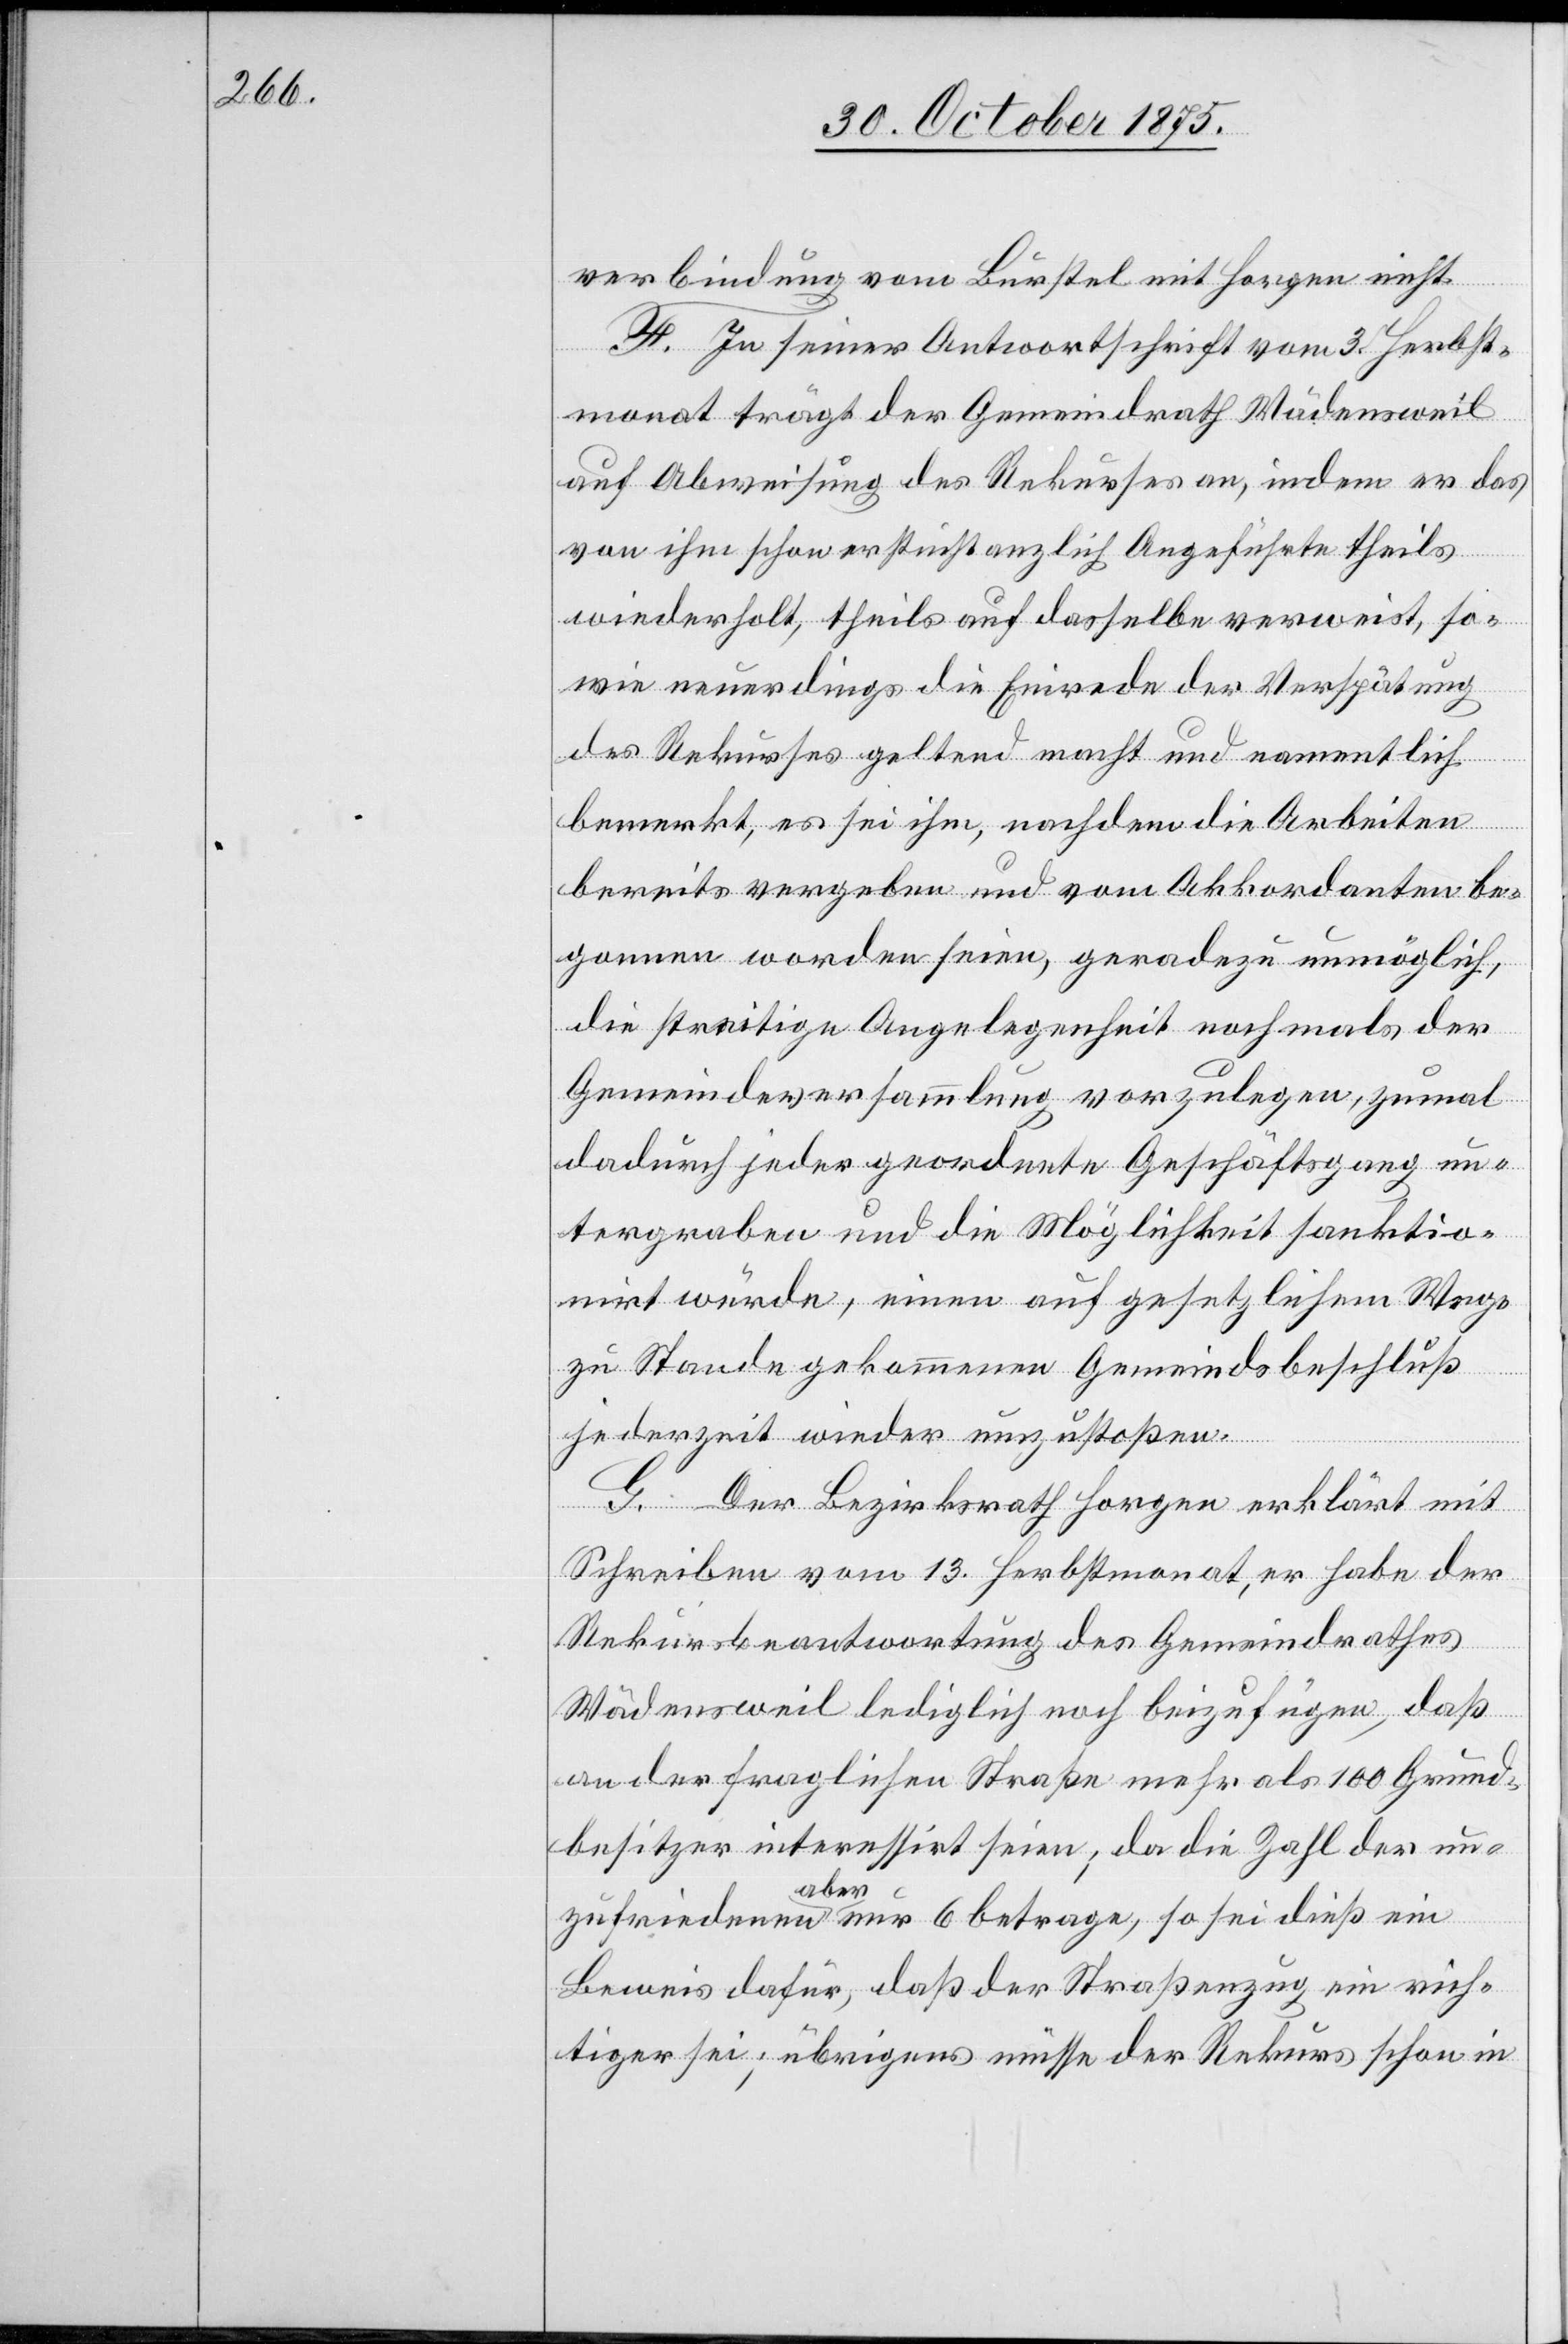
verbindung vom Burstel mit Horgen nicht.
F. In seiner Antwortschrift vom 3. Herbst¬
monat trägt der Gemeindrath Wädensweil
auf Abweisung des Rekurses an, indem er das
von ihm schon erstinstanzlich Angeführte theils
wiederholt, theils auf dasselbe verweist, so¬
wie neuerdings die Einrede der Verspätung
des Rekurses geltend macht und namentlich
bemerkt, es sei ihm, nachdem die Arbeiten
bereits vergeben und vom Akkordanten be¬
gonnen worden seien, geradezu unmöglich,
die streitige Angelegenheit nochmals der
Gemeindeversammlung vorzulegen, zumal
dadurch jeder geordnete Geschäftsgang un¬
tergraben und die Möglichkeit sanktio¬
nirt würde, einen auf gesetzlichem Wege
zu Stande gekommenen Gemeindsbeschluß
jederzeit wieder umzustoßen.
G. Der Bezirksrath Horgen erklärt mit
Schreiben vom 13. Herbstmonat, er habe der
Rekursbeantwortung des Gemeindrathes
Wädensweil lediglich noch beizufügen, daß
an der fraglichen Straße mehr als 100 Grund¬
besitzer interessirt seien; da die Zahl der un¬
zufriedenen [sic!] aber nur 6 betrage, so sei dieß ein
Beweis dafür, daß der Straßenzug ein rich¬
tiger sei; übrigens müsse der Rekurs schon in